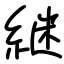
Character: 継